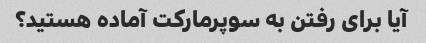
آیا برای رفتن به سوپرمارکت آماده هستید؟